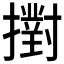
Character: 𢷮